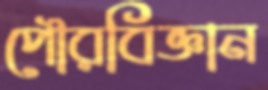
পৌরবিজ্ঞান